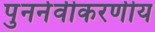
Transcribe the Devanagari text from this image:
पुनर्नवीकरणीय